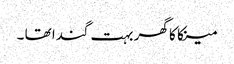
مینکا کا گھر بہت گندا تھا ۔